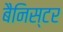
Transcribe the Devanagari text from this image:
बैनिस्टर